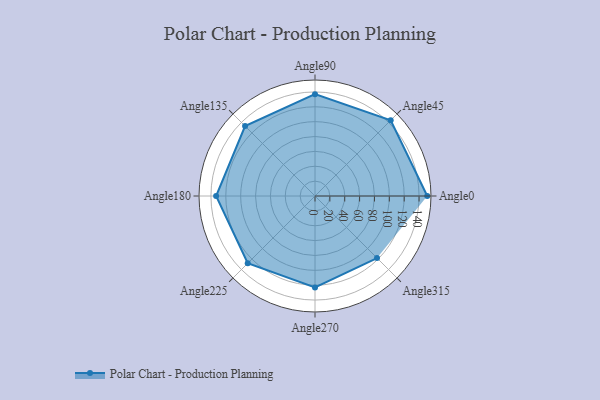
{"axis": {"x": "Angle", "y": "Radius"}, "legend": [""], "data": [{"x": "Angle0", "y": 151.0, "type": ""}, {"x": "Angle45", "y": 144.0, "type": ""}, {"x": "Angle90", "y": 137.0, "type": ""}, {"x": "Angle135", "y": 133.0, "type": ""}, {"x": "Angle180", "y": 133.0, "type": ""}, {"x": "Angle225", "y": 128.0, "type": ""}, {"x": "Angle270", "y": 123.0, "type": ""}, {"x": "Angle315", "y": 118.0, "type": ""}]}